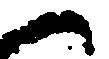
候